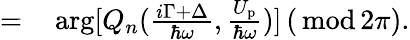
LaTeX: \begin{array}{rl}{=}&{{}\arg[Q_{n}(\frac{i\Gamma+\Delta}{\hbar\omega},\frac{U_{\mathrm{p}}}{\hbar\omega})]\, ({\, \mathrm{mod\, }}2\pi).}\end{array}